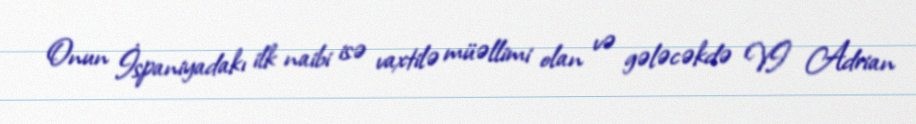
Onun İspaniyadakı ilk naibi isə vaxtilə müəllimi olan və gələcəkdə VI Adrian